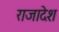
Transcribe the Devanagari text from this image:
राजादेश